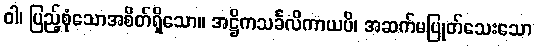
ဝါ၊ ပြည့်စုံသောအစိတ်ရှိသော။ အဋ္ဌိကသင်္ခလိကာယပိ၊ အဆက်မပြုတ်သေးသော